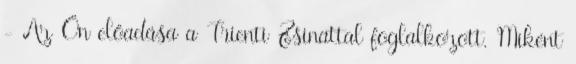
- Az Ön előadása a Trienti Zsinattal foglalkozott. Miként